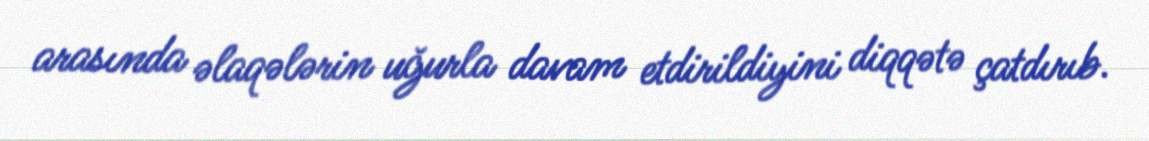
arasında əlaqələrin uğurla davam etdirildiyini diqqətə çatdırıb.